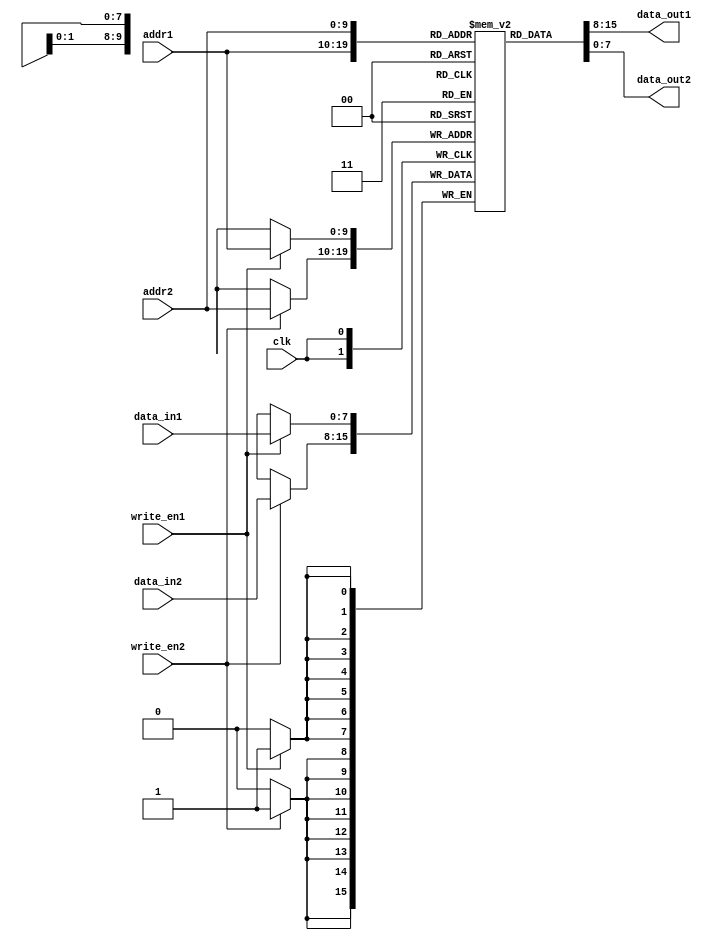
module dual_port_ram_with_priority (
    input wire clk,
    input wire [ADDR_WIDTH-1:0] addr1,
    input wire [ADDR_WIDTH-1:0] addr2,
    input wire write_en1,
    input wire write_en2,
    input wire [DATA_WIDTH-1:0] data_in1,
    input wire [DATA_WIDTH-1:0] data_in2,
    output reg [DATA_WIDTH-1:0] data_out1,
    output reg [DATA_WIDTH-1:0] data_out2
);

parameter ADDR_WIDTH = 10; // Address width of the RAM
parameter DATA_WIDTH = 8; // Data width of the RAM
reg [DATA_WIDTH-1:0] ram [0:2**ADDR_WIDTH-1];

always @(posedge clk) begin
    if (write_en1) begin
        ram[addr1] <= data_in1;
    end
    if (write_en2) begin
        ram[addr2] <= data_in2;
    end
end

always @(*) begin
    if (addr1 == addr2 && write_en1 == 1'b0 && write_en2 == 1'b0) begin
        data_out1 = ram[addr1];
        data_out2 = ram[addr2];
    end else if (write_en2 == 1'b0) begin
        data_out1 = ram[addr1];
        data_out2 = ram[addr2];
    end else begin
        data_out2 = ram[addr2];
        data_out1 = ram[addr1];
    end
end

endmodule